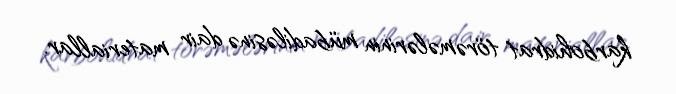
karbohidrat törəmələrinin mübadiləsinə dair materiallar.